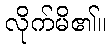
လိုက်မိ၏။